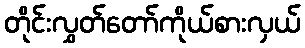
တိုင်းလွှတ်တော်ကိုယ်စားလှယ်